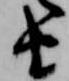
由